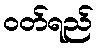
ဝတ်ရည်